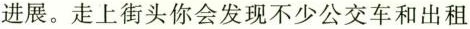
进展。走上街头你会发现不少公交车和出租